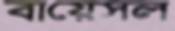
বায়েসল